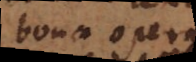
bona opera